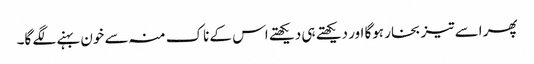
پھر اسے تیز بخار ہوگا اور دیکھتے ہی دیکھتے اس کے ناک منہ سے خون بہنے لگے گا۔